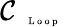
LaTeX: \mathcal{C}_{\mathrm{~\tiny~\textnormal~{~L~o~o~p~}~}}